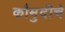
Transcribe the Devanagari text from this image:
कौमुदीचे